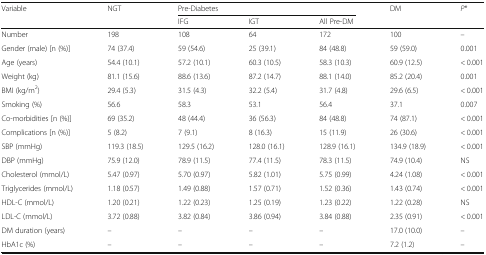
<table><thead><tr><td rowspan="2"><b>Variable</b></td><td rowspan="2"><b>NGT</b></td><td colspan="3"><b>Pre-Diabetes</b></td><td rowspan="2"><b>DM</b></td><td rowspan="2"><b><i>P</i>*</b></td></tr><tr><td><b>IFG</b></td><td><b>IGT</b></td><td><b>All Pre-DM</b></td></tr></thead><tbody><tr><td>Number</td><td>198</td><td>108</td><td>64</td><td>172</td><td>100</td><td>–</td></tr><tr><td>Gender (male) [n (%)]</td><td>74 (37.4)</td><td>59 (54.6)</td><td>25 (39.1)</td><td>84 (48.8)</td><td>59 (59.0)</td><td>0.001</td></tr><tr><td>Age (years)</td><td>54.4 (10.1)</td><td>57.2 (10.1)</td><td>60.3 (10.5)</td><td>58.3 (10.3)</td><td>60.9 (12.5)</td><td>&lt; 0.001</td></tr><tr><td>Weight (kg)</td><td>81.1 (15.6)</td><td>88.6 (13.6)</td><td>87.2 (14.7)</td><td>88.1 (14.0)</td><td>85.2 (20.4)</td><td>0.001</td></tr><tr><td>BMI (kg/m<sup>2</sup>)</td><td>29.4 (5.3)</td><td>31.5 (4.3)</td><td>32.2 (5.4)</td><td>31.7 (4.8)</td><td>29.6 (6.5)</td><td>&lt; 0.001</td></tr><tr><td>Smoking (%)</td><td>56.6</td><td>58.3</td><td>53.1</td><td>56.4</td><td>37.1</td><td>0.007</td></tr><tr><td>Co-morbidities [n (%)]</td><td>69 (35.2)</td><td>48 (44.4)</td><td>36 (56.3)</td><td>84 (48.8)</td><td>74 (87.1)</td><td>&lt; 0.001</td></tr><tr><td>Complications [n (%)]</td><td>5 (8.2)</td><td>7 (9.1)</td><td>8 (16.3)</td><td>15 (11.9)</td><td>26 (30.6)</td><td>&lt; 0.001</td></tr><tr><td>SBP (mmHg)</td><td>119.3 (18.5)</td><td>129.5 (16.2)</td><td>128.0 (16.1)</td><td>128.9 (16.1)</td><td>134.9 (18.9)</td><td>&lt; 0.001</td></tr><tr><td>DBP (mmHg)</td><td>75.9 (12.0)</td><td>78.9 (11.5)</td><td>77.4 (11.5)</td><td>78.3 (11.5)</td><td>74.9 (10.4)</td><td>NS</td></tr><tr><td>Cholesterol (mmol/L)</td><td>5.47 (0.97)</td><td>5.70 (0.97)</td><td>5.82 (1.01)</td><td>5.75 (0.99)</td><td>4.24 (1.08)</td><td>&lt; 0.001</td></tr><tr><td>Triglycerides (mmol/L)</td><td>1.18 (0.57)</td><td>1.49 (0.88)</td><td>1.57 (0.71)</td><td>1.52 (0.36)</td><td>1.43 (0.74)</td><td>&lt; 0.001</td></tr><tr><td>HDL-C (mmol/L)</td><td>1.20 (0.21)</td><td>1.22 (0.23)</td><td>1.25 (0.19)</td><td>1.23 (0.22)</td><td>1.22 (0.28)</td><td>NS</td></tr><tr><td>LDL-C (mmol/L)</td><td>3.72 (0.88)</td><td>3.82 (0.84)</td><td>3.86 (0.94)</td><td>3.84 (0.88)</td><td>2.35 (0.91)</td><td>&lt; 0.001</td></tr><tr><td>DM duration (years)</td><td>–</td><td>–</td><td>–</td><td>–</td><td>17.0 (10.0)</td><td>–</td></tr><tr><td>HbA1c (%)</td><td>–</td><td>–</td><td>–</td><td>–</td><td>7.2 (1.2)</td><td>–</td></tr></tbody></table>